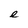
Character: e